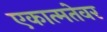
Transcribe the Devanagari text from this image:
एकात्मतेवर